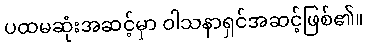
ပထမဆုံးအဆင့်မှာ ဝါသနာရှင်အဆင့်ဖြစ်၏။